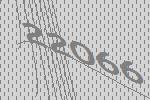
22066